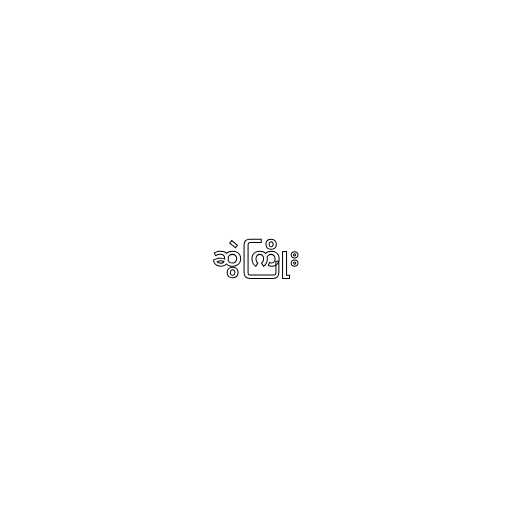
ဆွဲကြိုး